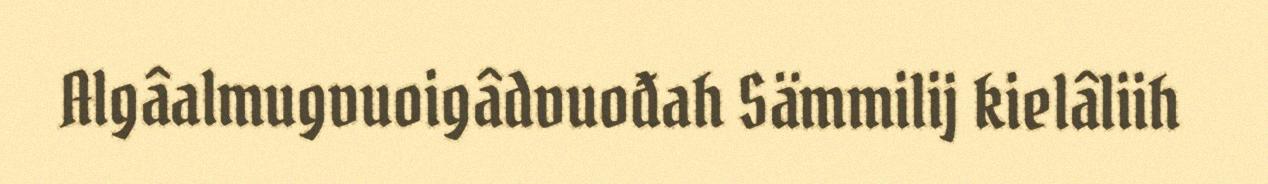
Algâalmugvuoigâdvuođah Sämmilij kielâliih